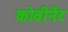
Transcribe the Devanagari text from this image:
कोवीनेंट